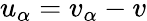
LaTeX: u_{\alpha}=v_{\alpha}-v